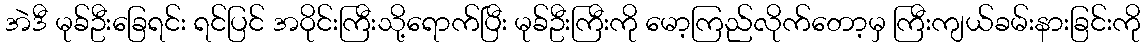
အဲဒီ မုခ်ဦးခြေရင်း ရင်ပြင် အဝိုင်းကြီးသို့ရောက်ပြီး မုခ်ဦးကြီးကို မော့ကြည်လိုက်တော့မှ ကြီးကျယ်ခမ်းနားခြင်းကို